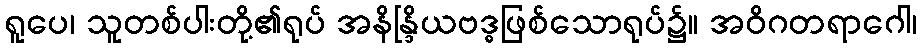
ရူပေ၊ သူတစ်ပါးတို့၏ရုပ် အနိန္ဒြိယဗဒ္ဓဖြစ်သောရုပ်၌။ အဝိဂတရာဂေါ၊